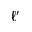
\ell ^ { \prime }